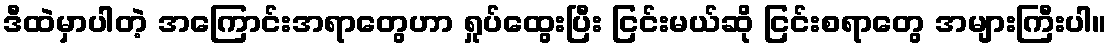
ဒီထဲမှာပါတဲ့ အကြောင်းအရာတွေဟာ ရှုပ်ထွေးပြီး ငြင်းမယ်ဆို ငြင်းစရာတွေ အများကြီးပါ။